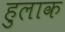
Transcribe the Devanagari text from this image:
हुलाक